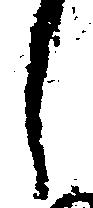
し